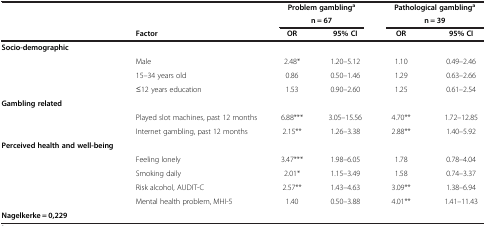
| <ROWSPAN=2>  | <ROWSPAN=2>  | <COLSPAN=2> Problem gamblinga | <COLSPAN=2> Pathological gamblinga |
 | <COLSPAN=2> n = 67 | <COLSPAN=2> n = 39 |
 |  | Factor | OR | 95% CI | OR | 95% CI |
 | --- | --- | --- | --- | --- | --- |
 | Socio-demographic |  |  |  |  |  |
 |  | Male | 2.48* | 1.20–5.12 | 1.10 | 0.49–2.46 |
 |  | 15–34 years old | 0.86 | 0.50–1.46 | 1.29 | 0.63–2.66 |
 |  | ≤12 years education | 1.53 | 0.90–2.60 | 1.25 | 0.61–2.54 |
 | Gambling related |  |  |  |  |  |
 |  | Played slot machines, past 12 months | 6.88*** | 3.05–15.56 | 4.70** | 1.72–12.85 |
 |  | Internet gambling, past 12 months | 2.15** | 1.26–3.38 | 2.88** | 1.40–5.92 |
 | Perceived health and well-being |  |  |  |  |  |
 |  | Feeling lonely | 3.47*** | 1.98–6.05 | 1.78 | 0.78–4.04 |
 |  | Smoking daily | 2.01* | 1.15–3.49 | 1.58 | 0.74–3.37 |
 |  | Risk alcohol, AUDIT-C | 2.57** | 1.43–4.63 | 3.09** | 1.38–6.94 |
 |  | Mental health problem, MHI-5 | 1.40 | 0.50–3.88 | 4.01** | 1.41–11.43 |
 | Nagelkerke = 0,229 |  |  |  |  |  |